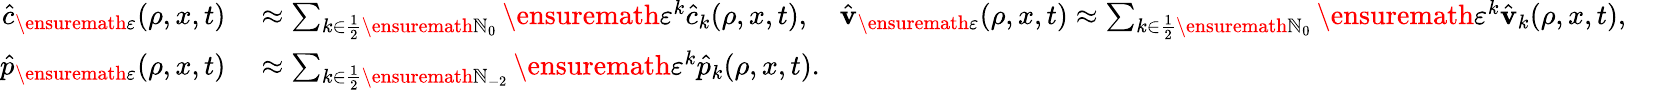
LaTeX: \begin{array}{rl}{\hat{c}_{\ensuremath{\varepsilon}}(\rho,x,t)}&{{}\approx\sum_{k\in\frac 12\ensuremath{\mathbb{N}}_{0}}\ensuremath{\varepsilon}^{k}\hat{c}_{k}(\rho,x,t),\quad\hat{\mathbf{v}}_{\ensuremath{\varepsilon}}(\rho,x,t)\approx\sum_{k\in\frac 12\ensuremath{\mathbb{N}}_{0}}\ensuremath{\varepsilon}^{k}\hat{\mathbf{v}}_{k}(\rho,x,t),\quad}\\ {\hat{p}_{\ensuremath{\varepsilon}}(\rho,x,t)}&{{}\approx\sum_{k\in\frac 12\ensuremath{\mathbb{N}}_{-2}}\ensuremath{\varepsilon}^{k}\hat{p}_{k}(\rho,x,t).}\end{array}